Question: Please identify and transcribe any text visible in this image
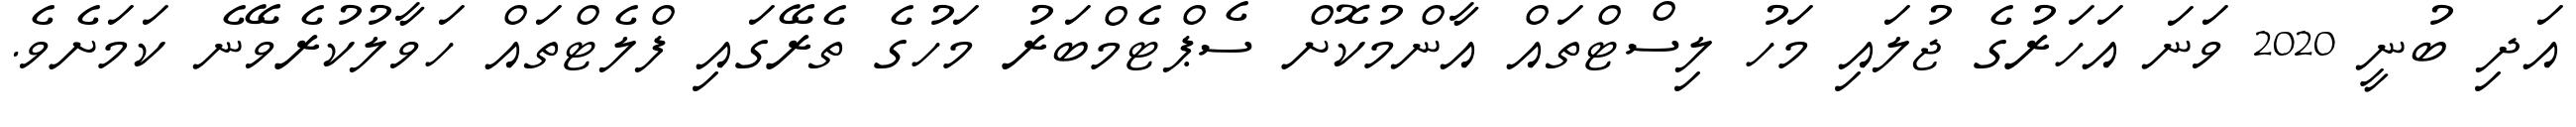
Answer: އަދި ބުނީ 2020 ވަނަ އަހަރުގެ ޖުލައި މަހު ލިސްޓްތައް އާންމުކޮށް ސެޕްޓެމްބަރު މަހުގެ ތެރޭގައި ފްލެޓްތައް ހަވާލުކުރެވޭނެ ކަމަށެވެ.